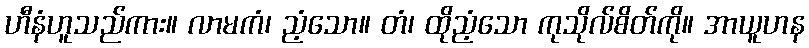
ဟီနံဟူသည်ကား။ လာမကံ၊ ညံ့သော။ တံ၊ ထိုညံ့သော ကုသိုလ်စိတ်ကို။ အာယူဟန